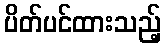
ပိတ်ပင်ထားသည့်